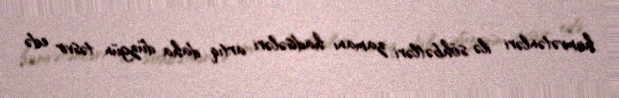
həmvətənləri ilə söhbətləri zamanı hadisələri artıq daha düzgün təsvir edə